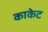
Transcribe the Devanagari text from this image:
काकेट